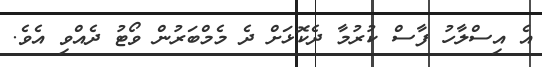
އެ އިސްލާހު ފާސް ކުރުމާ ދެކޮޅަށް ދެ މެމްބަރުން ވޯޓު ދެއްވި އެވެ.